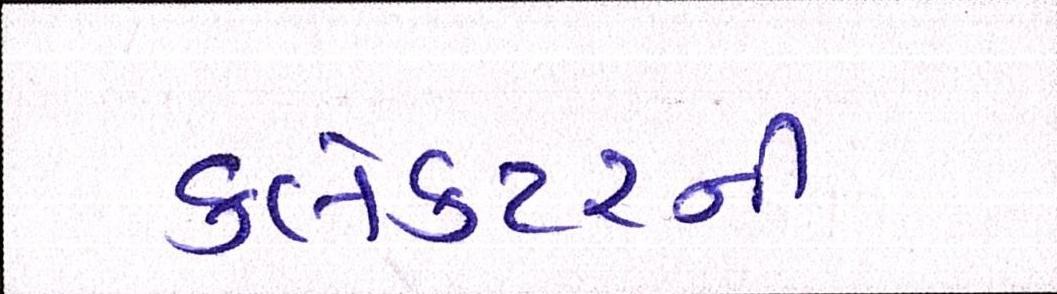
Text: કલેક્ટરની